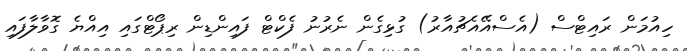
ހިއުމަން ރައިޓްސް (އެސްއޭއެޗުއާރު) ގުޅިގެން ނެރުނު ފެކްޓް ފައިންޑިން ރިޕޯޓްގައި އިއްޔެ ގޮވާލާފައި